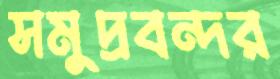
সমুদ্রবন্দর